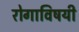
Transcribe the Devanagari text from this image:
रोगाविषयी